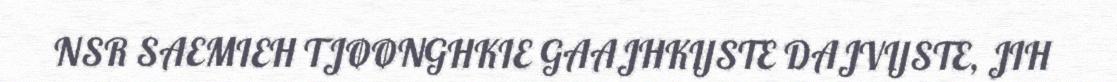
NSR SAEMIEH TJØØNGHKIE GAAJHKIJSTE DAJVIJSTE, JIH